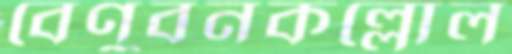
বেণুবনকল্লোল